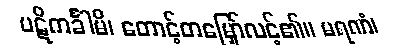
ပဋိကင်္ခါမိ၊ တောင့်တမြှော်လင့်၏။ မရဏံ၊